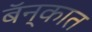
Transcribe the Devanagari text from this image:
बॅन्कात